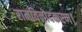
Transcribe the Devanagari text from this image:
रामविनोदकरण।